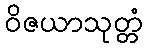
ဝိဇယာသုတ္တံ